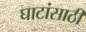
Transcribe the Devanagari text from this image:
घाटांसाठी